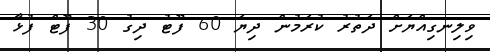
ވިލިނގިއްޔަށް ދަތުރު ކުރަމުން ދިޔަ 60 ފޫޓު ދިގު 30 ފޫޓް ފުޅާ